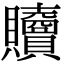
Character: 𧹎